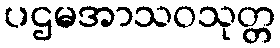
ပဌမအာသဝသုတ္တ